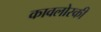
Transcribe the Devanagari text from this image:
कावलोस्की